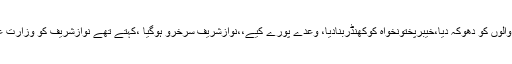
23مئی 2018ء) : مسلم لیگ ن کے قائد محمد نواز شریف نے کہا ہے کہ عمران خان نے خیبرپختونخواہ والوں کو دھوکہ دیا،خیبرپختونخواہ کوکھنڈربنادیا، وعدے پورے کیے،،نوازشریف سرخرو ہوگیا ،کہتے تھے نوازشریف کو وزارت عظمیٰ ،پارٹی صدارت سے نکالیں گے توصفر ہوجائے گا،اب ووٹ کی عزت کریں گے اور کروائیں گے۔